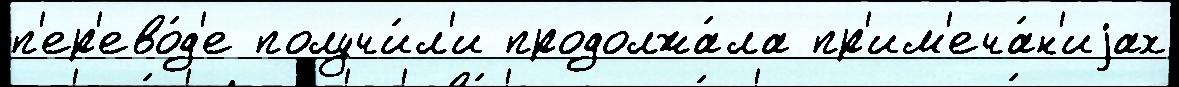
п'ер'ево́д'е получи́л'и продолжа́ла пр'им'еча́н'иjах